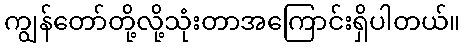
ကျွန်တော်တို့လို့သုံးတာအကြောင်းရှိပါတယ်။